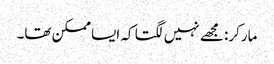
مارکر: مجھے نہیں لگتا کہ ایسا ممکن تھا۔